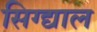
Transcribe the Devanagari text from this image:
सिग्द्याल